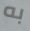
به